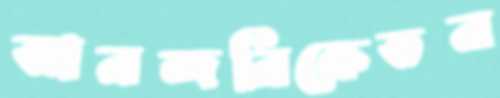
আনন্দনিকেতন